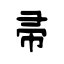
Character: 帚